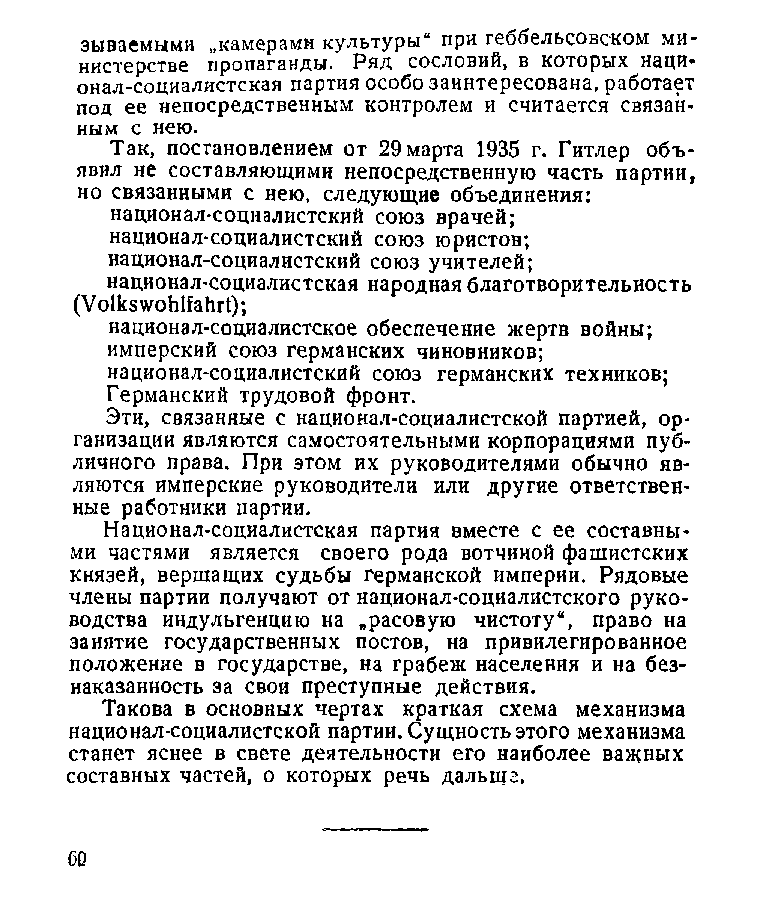
зываемыми „камерами культуры“ при геббельсовском ми­
 нистерстве пропаганды. Ряд сословий, в которых наци­
 онал-социалистская партия особо заинтересована, работает
 под ее непосредственным контролем и считается связан­
 ным с нею.
 Так, постановлением от 29 марта 1935 г. Гитлер объ­
 явил не составляющими непосредственную часть партии,
 но связанными с нею, следующие объединения:
 национал-социалистский союз врачей;
 национал-социалистский союз юристов;
 национал-социалистский союз учителей;
 национал-социалистская народная благотворительность
 (УоНсэчуоЬИаЬгО;
 национал-социалистское обеспечение жертв войны;
 имперский союз германских чиновников;
 национал-социалистский союз германских техников;
 Германский трудовой фронт.
 Эти, связанные с национал-социалистской партией, ор­
 ганизации являются самостоятельными корпорациями пуб­
 личного права. При этом их руководителями обычно яв­
 ляются имперские руководители или другие ответствен­
 ные работники партии.
 Национал-социалистская партия вместе с ее составны­
 ми частями является своего рода вотчиной фашистских
 князей, вершащих судьбы германской империи. Рядовые
 члены партии получают от национал-социалистского руко­
 водства индульгенцию на „расовую чистоту“, право на
 занятие государственных постов, на привилегированное
 положение в государстве, на грабеж населения и на без­
 наказанность за свои преступные действия.
 Такова в основных чертах краткая схема механизма
 национал-социалистской партии. Сущность этого механизма
 станет яснее в свете деятельности его наиболее важных
 составных частей, о которых речь дальше.
 60